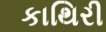
કાથિરી